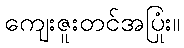
ကျေးဇူးတင်အပြုံး။